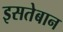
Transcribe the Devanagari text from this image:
इसतेबान